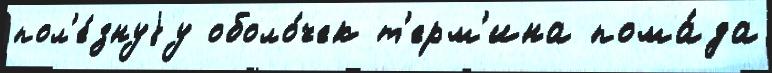
пол'е́знуjу оболо́чек т'ерм'ина пома́да